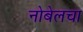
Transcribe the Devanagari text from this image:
नोबेलचा